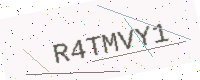
Text: R4TMVY1